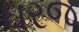
ઘરજ